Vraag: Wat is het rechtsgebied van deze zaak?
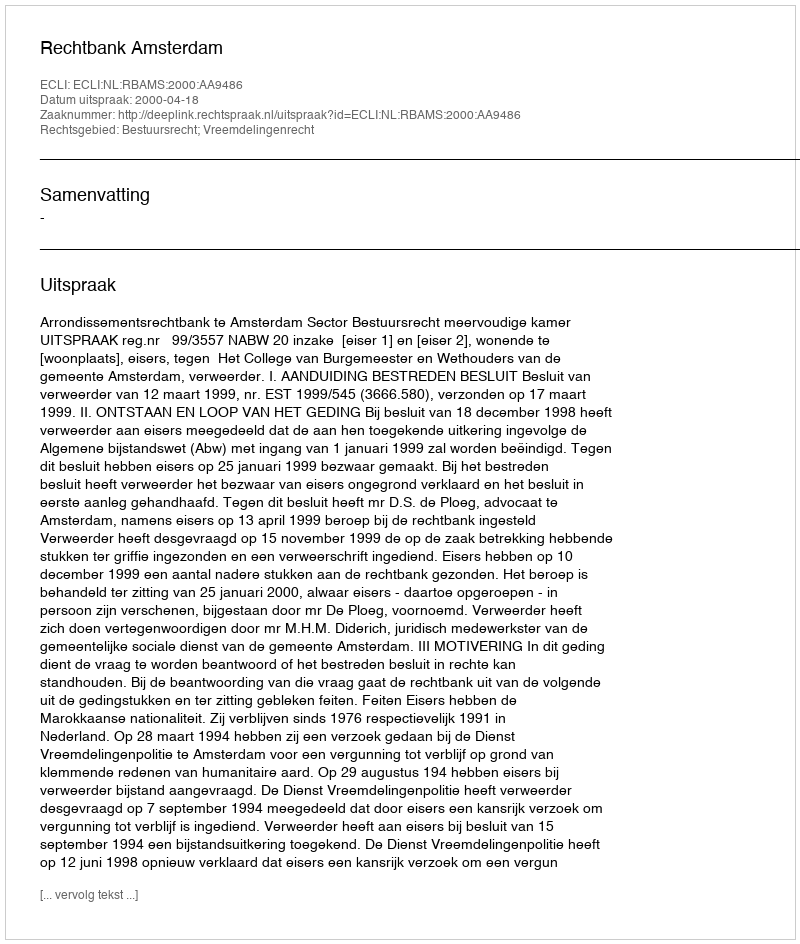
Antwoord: Bestuursrecht; Vreemdelingenrecht